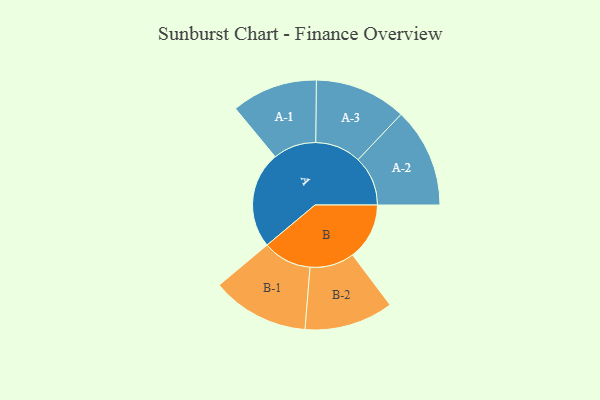
{"axis": {"x": "Segment", "y": "Value"}, "legend": ["", "A", "B"], "data": [{"x": "A", "y": 470, "type": ""}, {"x": "B", "y": 276, "type": ""}, {"x": "A-1", "y": 209, "type": "A"}, {"x": "A-2", "y": 242, "type": "A"}, {"x": "A-3", "y": 223, "type": "A"}, {"x": "B-1", "y": 237, "type": "B"}, {"x": "B-2", "y": 216, "type": "B"}]}